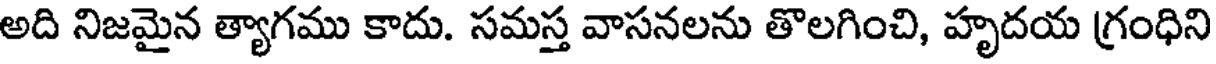
అది నిజమైన త్యాగము కాదు. సమస్త వాసనలను తొలగించి, హృదయ గ్రంధిని